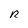
Character: R